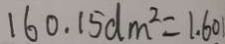
1 6 0 . 1 5 d m ^ { 2 } = 1 . 6 0